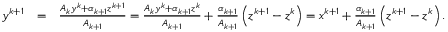
\begin{array} { r l r } { y ^ { k + 1 } } & { = } & { \frac { A _ { k } y ^ { k } + \alpha _ { k + 1 } z ^ { k + 1 } } { A _ { k + 1 } } = \frac { A _ { k } y ^ { k } + \alpha _ { k + 1 } z ^ { k } } { A _ { k + 1 } } + \frac { \alpha _ { k + 1 } } { A _ { k + 1 } } \left( z ^ { k + 1 } - z ^ { k } \right) = x ^ { k + 1 } + \frac { \alpha _ { k + 1 } } { A _ { k + 1 } } \left( z ^ { k + 1 } - z ^ { k } \right) . } \end{array}